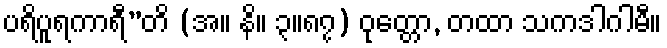
ပရိပူရကာရီ”တိ (အ။ နိ။ ၃။၈၇) ဝုတ္တော, တထာ သကဒါဂါမီ။